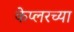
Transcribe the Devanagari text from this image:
केप्लरच्या